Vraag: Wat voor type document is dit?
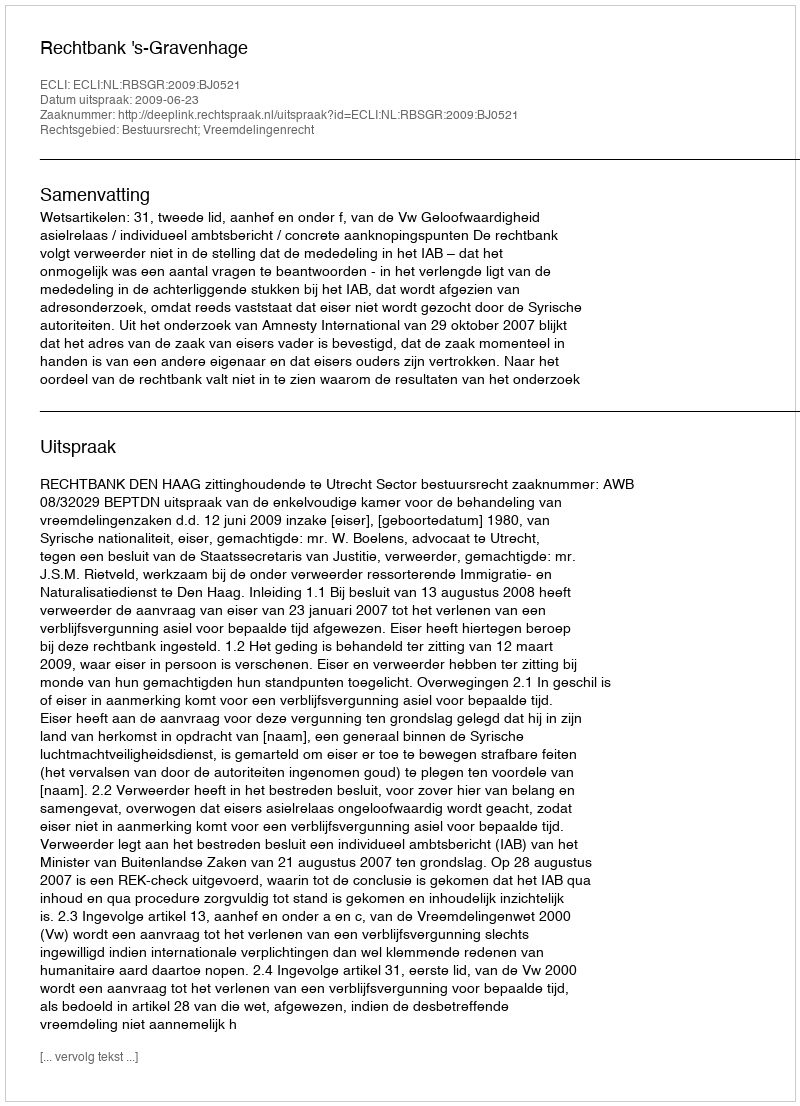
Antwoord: Uitspraak